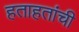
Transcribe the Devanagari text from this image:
हताहतांची